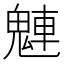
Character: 𩳛